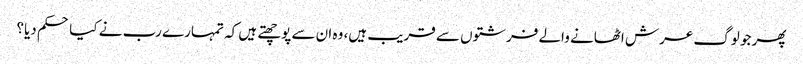
پھر جو لوگ عرش اٹھانے والے فرشتوں سے قریب ہیں، وہ ان سے پوچھتے ہیں کہ تمہارے رب نے کیا حکم دیا؟